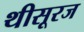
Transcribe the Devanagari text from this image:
थीसूरज